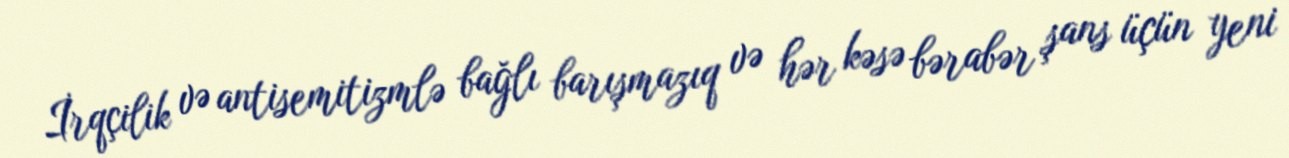
İrqçilik və antisemitizmlə bağlı barışmazıq və hər kəsə bərabər şans üçün yeni